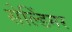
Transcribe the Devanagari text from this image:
सेल्डिंगर